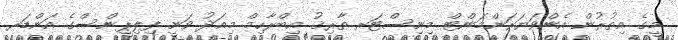
މީގެ އިތުރުން އެންވަޔަރަންމަންޓް މިނިސްޓަރ ޠާރިޤު އިބްރާހިމް މިއަދު ވަނީ ފިލިޕީންސްގެ އަންޑަރ